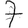
Digit: 7